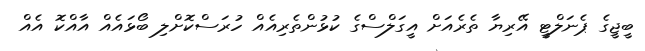
ބީޖީގެ ޕެނަލްޓީ އޭރިޔާ ތެރެއަށް އީގަލްސްގެ ކުޅުންތެރިއެއް ހުރަސްކޮށްލި ބޯޅައެއް އާއްކޮ އެއް